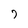
Character: 7